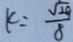
k = \frac { \sqrt { 2 9 } } { 8 }